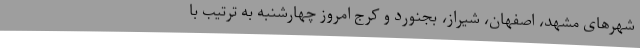
شهرهای مشهد، اصفهان، شیراز، بجنورد و کرج امروز چهارشنبه به ترتیب با